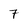
Character: 7